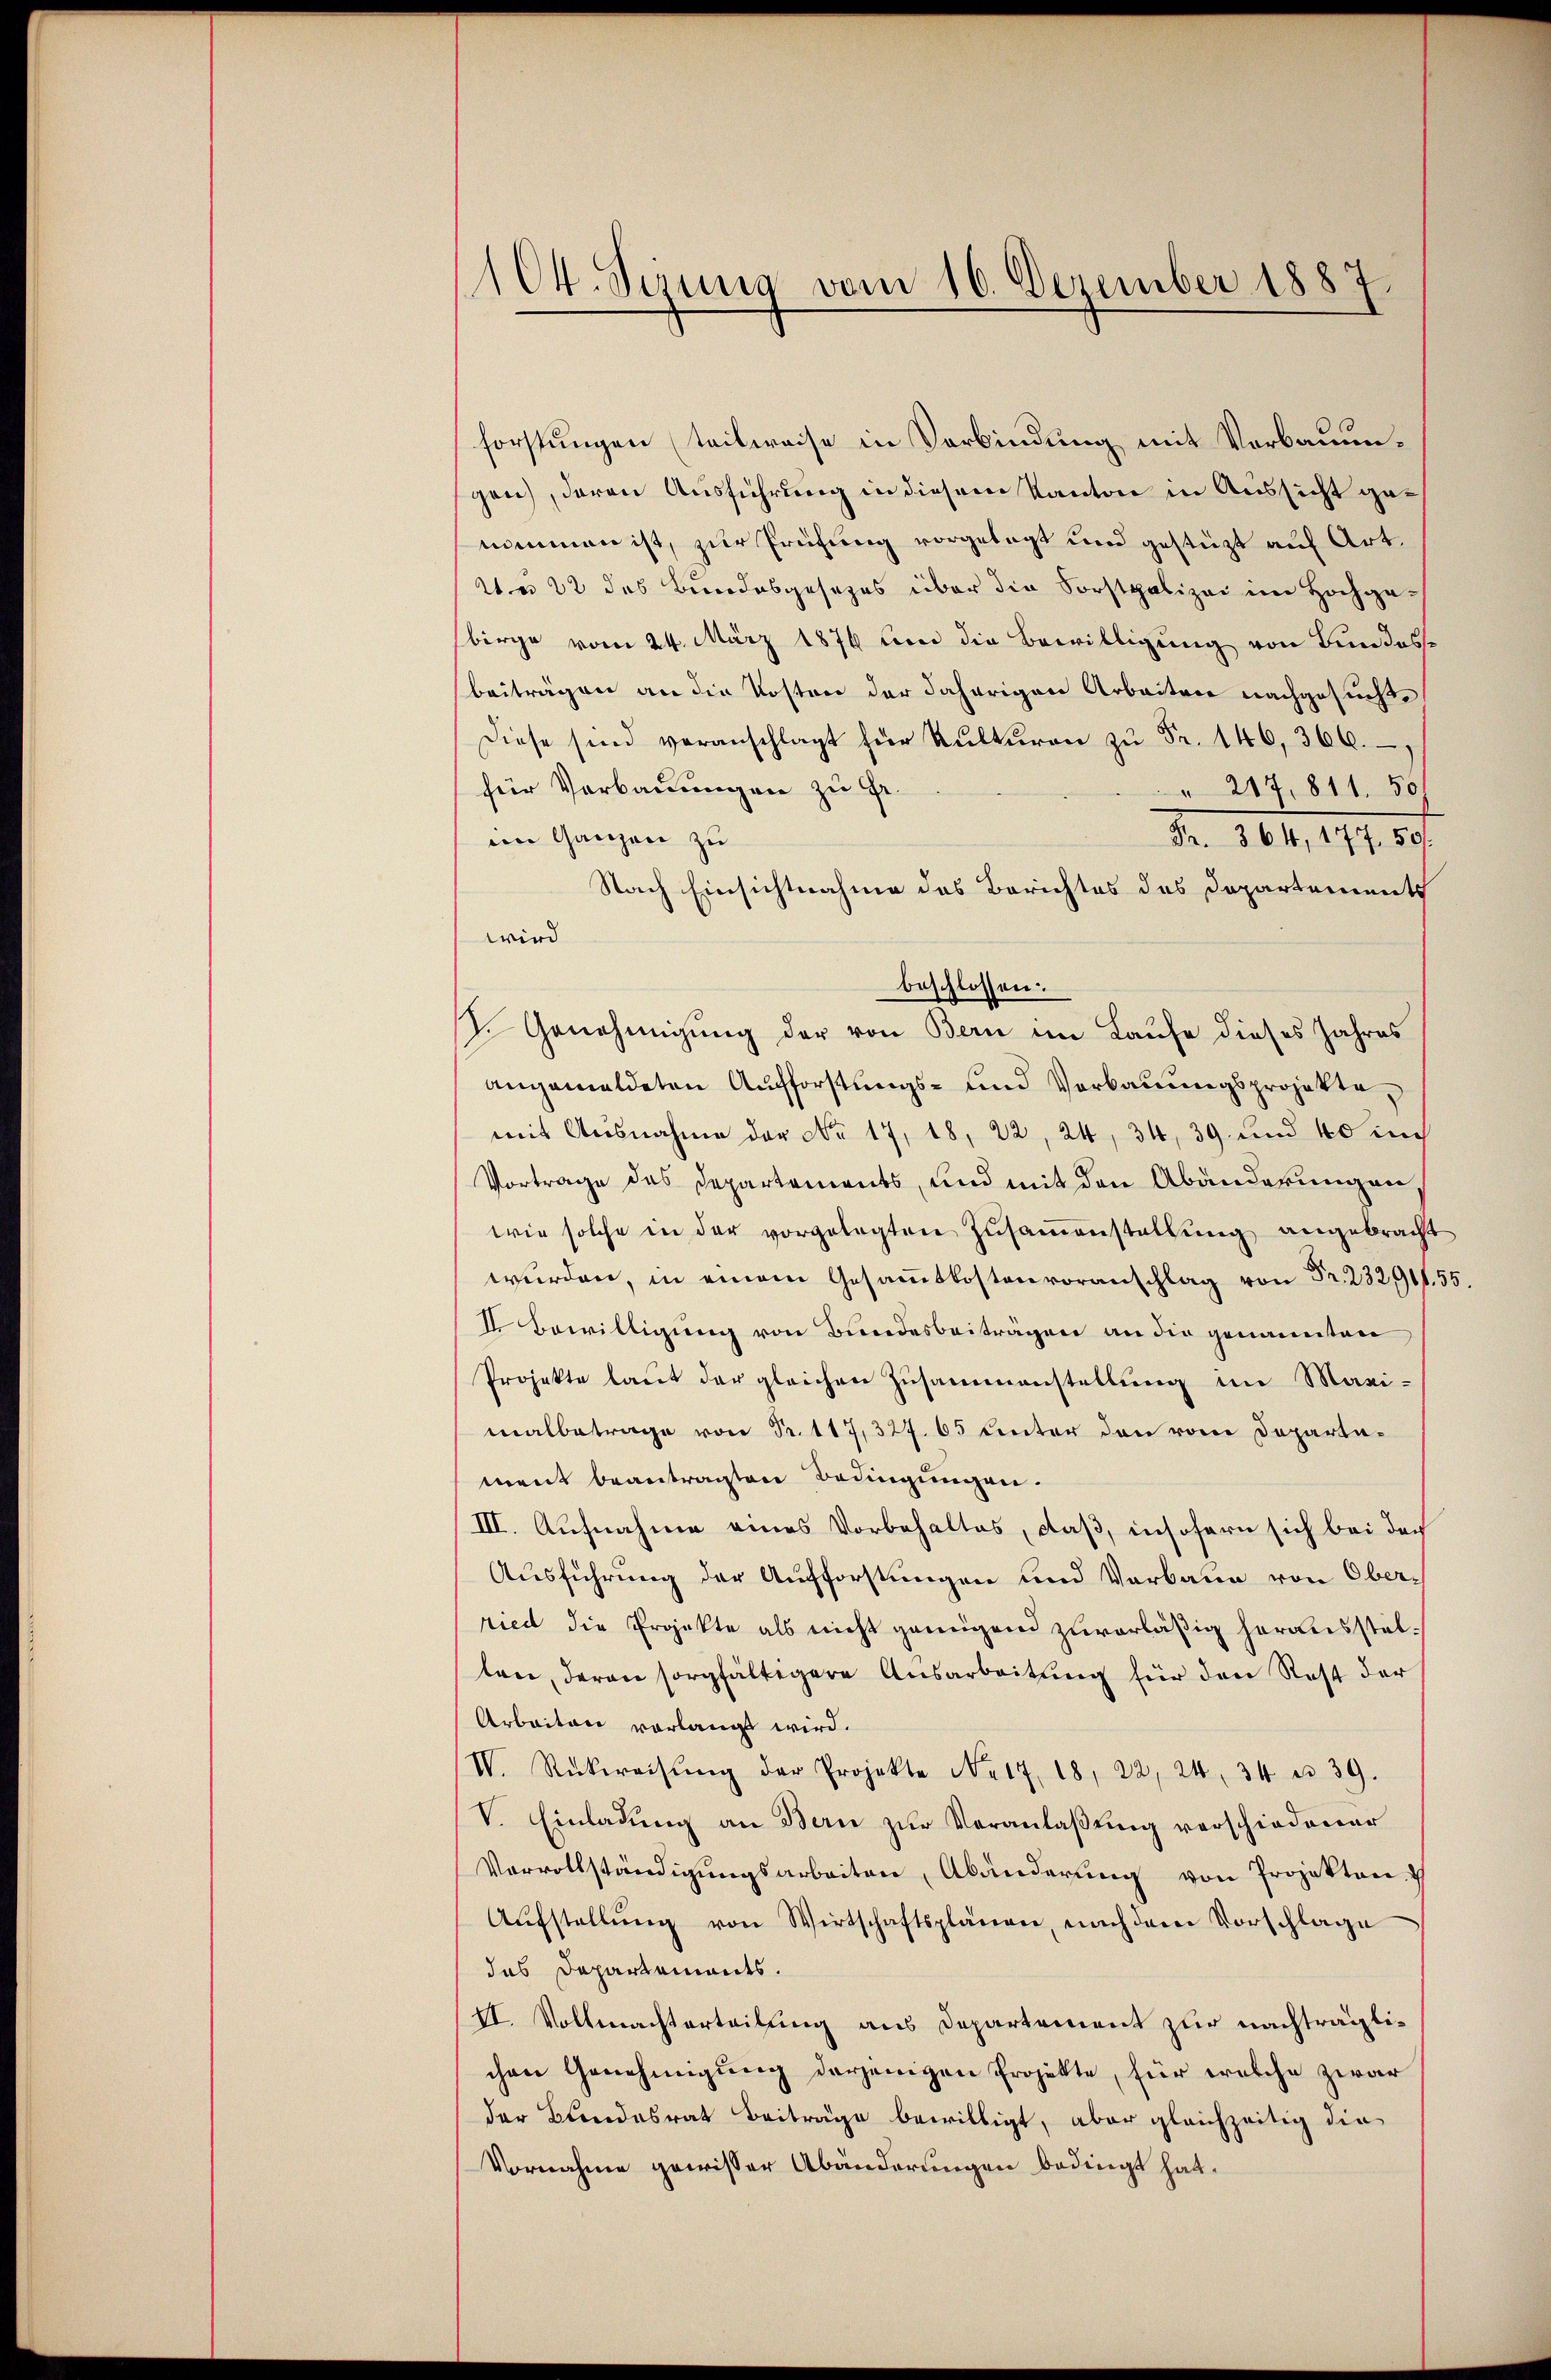
104. Sirna vom 16. Dezember 1887.

forstungen (teilweise in Verbindung mit Verbauungen, davon Ausführung in diesem Kanton in Aussicht genimmen ist, zur Prüfung vorgelegt und gestützt auf Art.
We 22 des Bundesgesezes über die Forstpolizei im Hochgebirge vom 24. März 1876 und die Bewilligung von Bundesbeiträgen an die Kosten der daherigen Arbeiten nachgesucht
Diese sind veranschlagt für Kŭlkŭren zŭ Fr. 146, 366.
für Verbauungen zu Gr.
217. 811. 50
eim Ganzen zu
Nr. 364, 177. 501
Nach Einsichtnahme des Berichtes des Departements
wird
beschlossen:
J. Genehmigung der von Bern im Laufe dieses Jahres
angemeldeten Aufforstungs- und Verbauungsprojekte,
mit Ausnahme der No. 17, 18, 22, 24, 34, 39 und 40 u
Vortrage des Departements, und mit den Abänderungen
wie solche in der vorgelegten Zŭsaṁenstellung angebracht
wurden, in einem Gesammtkostenvoranschlag von Fr. 232,911. 55.
II Bewilligung von Bundesbeiträgen an die genannten
Projekte laut der gleichen Zusammenstellung im Maxi-
malbetrage von Fr. 117, 327. 65 unter den vom Departement beantragten Bedingungen.
III. Aufnahme eines Vorbehaltes, daß, insofern sich bei der
Ausführung der Aufforstungen und Verbaue von Ober-
ried die Projekte als nicht genügend zuverläßig herausstelten, deren sorgfältigere Ausarbeitung für den Rest der
Arbeiten vorlangt wird.
VV. Rückweisŭng der Projekte No 17. 18, 22, 24, 34 n 39.
V. Einladung an Bern zur Veranlaßung verschiedener
Vervollständigŭngsarbeiten, Abänderung von Projekten.
Aŭfstellŭng von Wirtschaftsplänen, nach dem Vorschlage
das Departements.
VI. Vollmachterteilung aus Departement zur nachträglichen Genehmigung derjenigen Projekte, für welche zwar
der Bundesrat Beiträge bewilligt, aber gleichzeitig die
Vornahme gewisser Abänderungen bedingt hat.